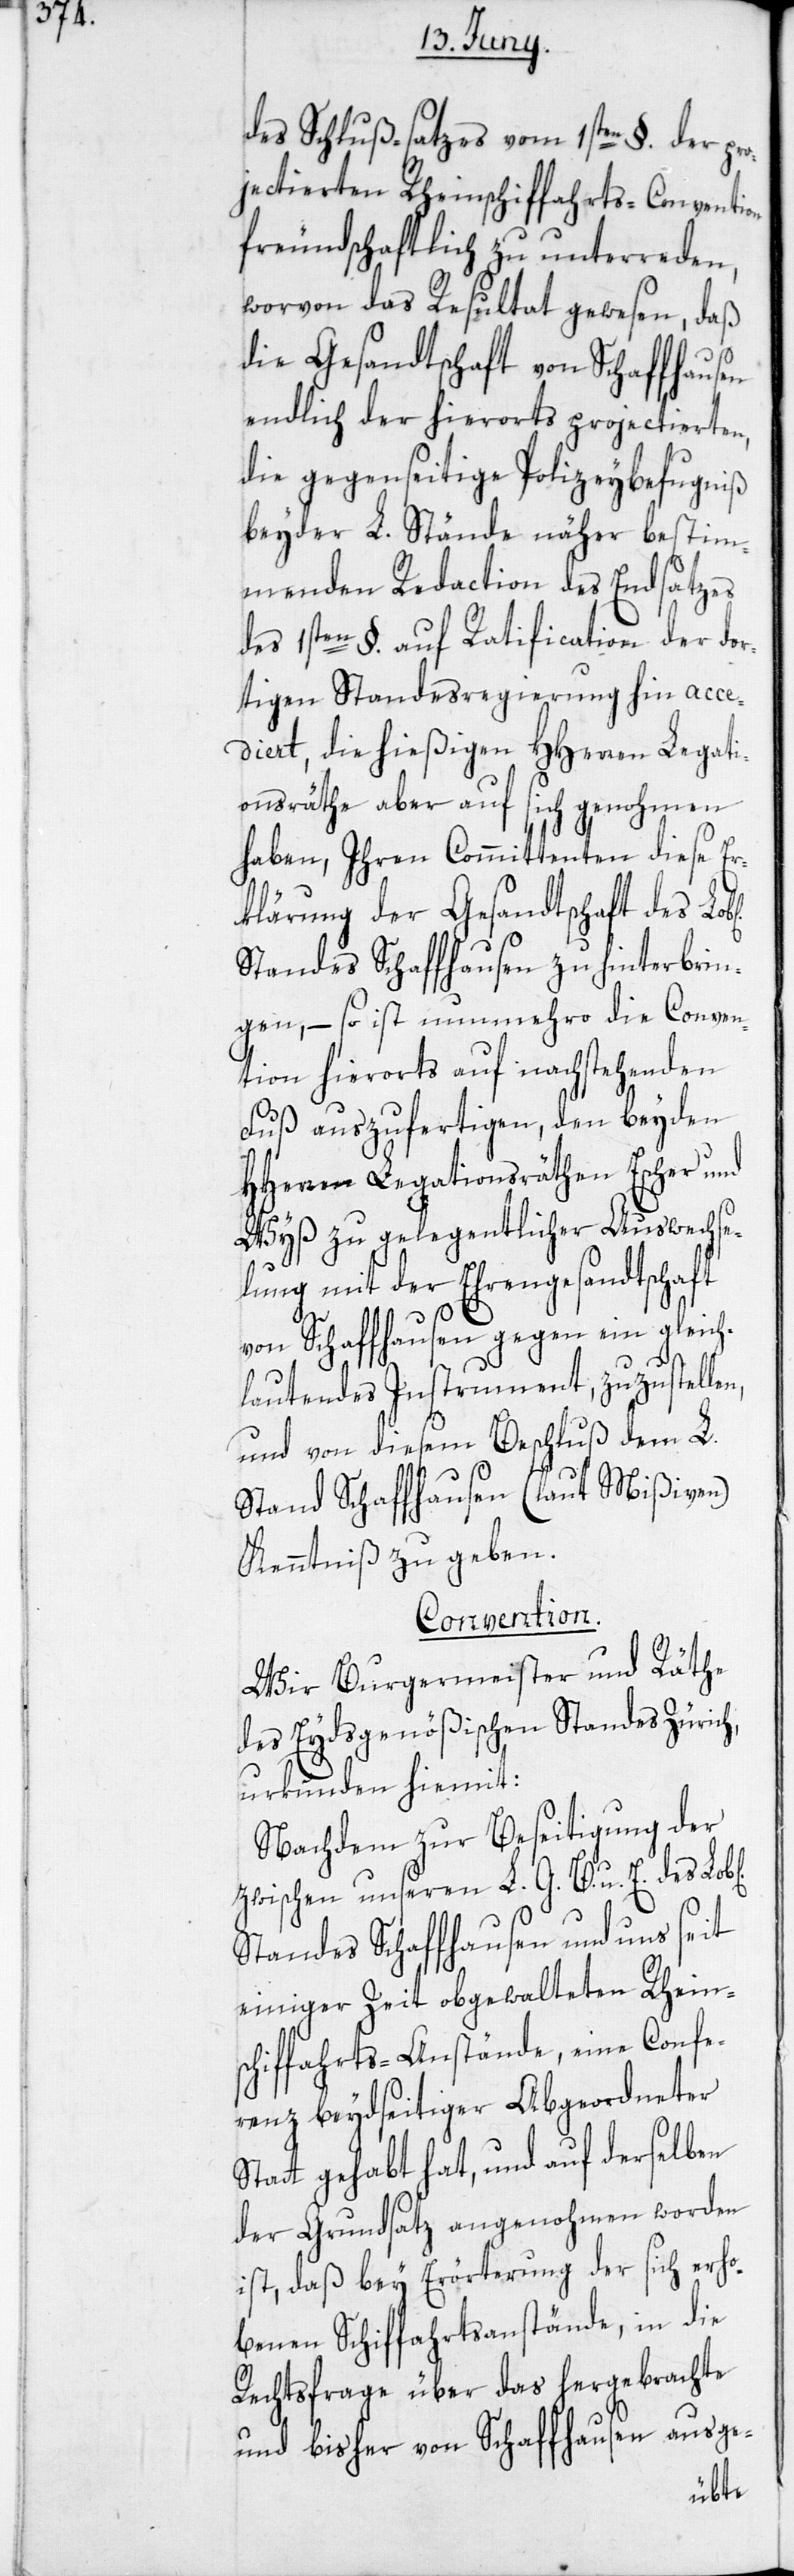
des Schluß-satzes vom 1sten §. der pro¬
jectierten Rheinschiffahrts-Convention
freundschaftlich zu unterreden,
worvon das Resultat gewesen, daß
die Gesandtschaft von Schaffhausen
endlich der hierorts projectierten,
die gegenseitige Polizeybefugniß
beyder L. Stände näher bestim¬
menden Redaction des Endsatzes
des 1sten §. auf Ratification der dor¬
tigen Standesregierung hin acce¬
diert, die hießigen HHerren Legati¬
onsräthe aber auf sich genohmen
haben, Ihren Committenten diese Er¬
klärung der Gesandtschaft des
Standes Schaffhausen zu hinterbrin¬
gen, – so ist nunmehro die Conven¬
tion hierorts auf nachstehenden
Fuß auszufertigen, den beyden
HHerren Legationsräthen Escher und
Wyß zu gelegentlicher Auswechse¬
lung mit der Ehrengesandtschaft
von Schaffhausen gegen ein gleich¬
lautendes Instrument, zuzustellen,
und von diesem Beschluß dem L.
Stand Schaffhausen (laut Mißiven)
Kenntniß zu geben.
Convention.
Wir Burgermeister und Räthe
des Eydsgenößischen Standes Zürich,
urkunden hiemit:
Nachdem zur Beseitigung der
zwischen unseren L. G. B. u. E. des
Standes Schaffhausen und uns seit
einiger Zeit obgewalteten Rhein¬
schiffahrts-Anstände, eine Confe¬
renz beydseitiger Abgeordneter
Statt gehabt hat, und auf derselben
der Grundsatz angenohmen worden
ist, daß bey Erörterung der sich erho¬
benen Schiffahrtsanstände, in die
Rechtsfrage über das hergebrachte
und bisher von Schaffhausen ausge-